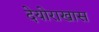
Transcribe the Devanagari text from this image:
देयोराखास